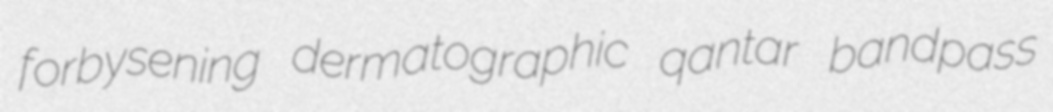
forbysening dermatographic qantar bandpass